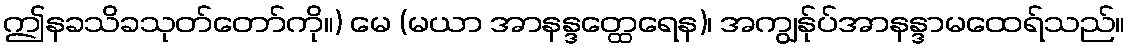
ဤနခသိခသုတ်တော်ကို။) မေ (မယာ အာနန္ဒတ္ထေရေန)၊ အကျွန်ုပ်အာနန္ဒာမထေရ်သည်။